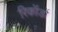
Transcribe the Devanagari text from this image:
रिकॉडों